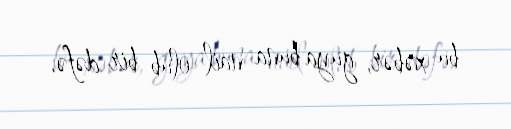
bu xəbər, guya buna nail olub bir dəfə.